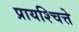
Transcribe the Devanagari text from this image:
प्रायश्चित्ते